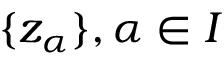
\{ z _ { \alpha } \} , \alpha \in I